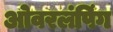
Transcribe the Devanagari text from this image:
ओवरलंपिंग